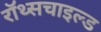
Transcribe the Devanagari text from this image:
रॉथ्सचाइल्ड